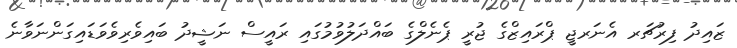
ޒައިދު ފިރުޗަރ އެނަރޖީ ޕްރައިޒްގެ ޖުރީ ޕެނެލްގެ ބައްދަލުވުމުގައި ރައީސް ނަޝީދު ބައިވެރިވެވަޑައިގަންނަވާނެ